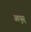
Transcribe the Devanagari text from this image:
आयुस्